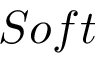
S o f t